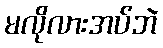
မလိုလားအပ်ဘဲ